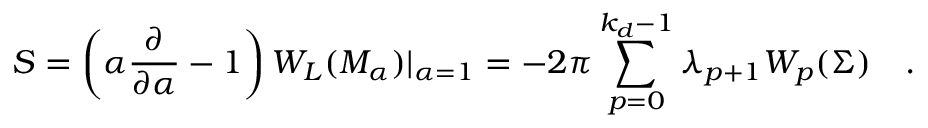
S = \left( \alpha { \frac { \partial } { \partial \alpha } } - 1 \right) W _ { L } ( { \cal M } _ { \alpha } ) | _ { \alpha = 1 } = - 2 \pi \sum _ { p = 0 } ^ { k _ { d } - 1 } \lambda _ { p + 1 } W _ { p } ( \Sigma ) ~ ~ ~ .